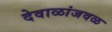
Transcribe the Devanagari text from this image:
देवाळांजवळ